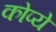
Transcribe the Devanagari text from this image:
कोप्ये